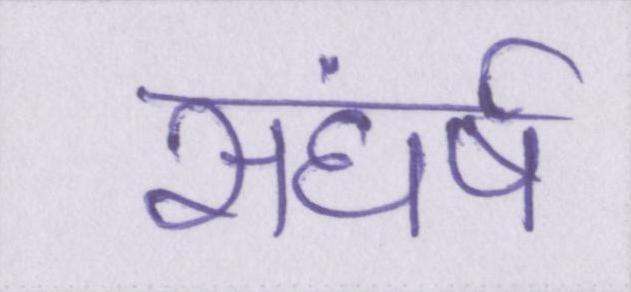
सघंर्ष